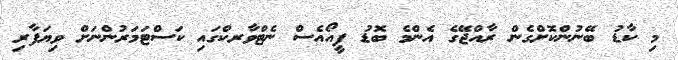
މި ކާޑު ބޭނުންކޮށްގެން ރާއްޖޭގެ އެންމެ ބޮޑު ޕީއޯއެސް ނެޓްވާރކްގައި ކަސްޓަމަރުންނަށް ވިޔަފާރި